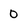
Character: 0